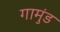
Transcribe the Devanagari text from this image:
गामुंड